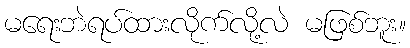
မရေးဘဲရပ်ထားလိုက်လို့လဲ မဖြစ်ဘူး။